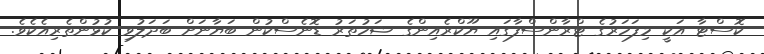
ކޮސްޓާ އަކީ މިފަހަރުގެ ޓްރާންސްފާގައި ޔޫކްރެއިންގެ ޝަހުތަރު ޑޮނެސްކުން ބަޔާނަށް ބަދަލުވި ކުޅުންތެރިއެކެވެ.